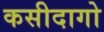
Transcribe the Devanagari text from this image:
कसीदागो